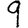
Digit: 9